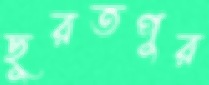
ছুরতপুর